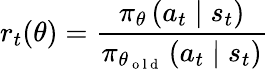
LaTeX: r_{t}(\theta)=\frac{\pi_{\theta}\left(a_{t}\mid s_{t}\right)}{\pi_{\theta_{\mathrm{~o~l~d~}}}\left(a_{t}\mid s_{t}\right)}